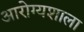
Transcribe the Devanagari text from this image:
आरोग्यशाला